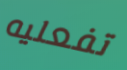
تفعليه